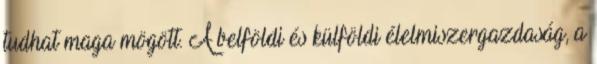
tudhat maga mögött. A belföldi és külföldi élelmiszergazdaság, a